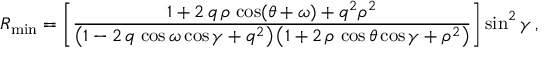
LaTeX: R _ { \mathrm { m i n } } = \left[ \frac { 1 + 2 \, q \, \rho \, \cos ( \theta + \omega ) + q ^ { 2 } \rho ^ { 2 } } { \left( 1 - 2 \, q \, \cos \omega \cos \gamma + q ^ { 2 } \right) \left( 1 + 2 \, \rho \, \cos \theta \cos \gamma + \rho ^ { 2 } \right) } \right] \sin ^ { 2 } \gamma \, ,